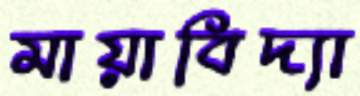
মায়াবিদ্যা